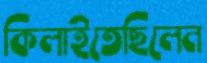
কিলাইতেছিলেন